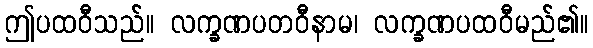
ဤပထဝီသည်။ လက္ခဏပတဝီနာမ၊ လက္ခဏပထဝီမည်၏။